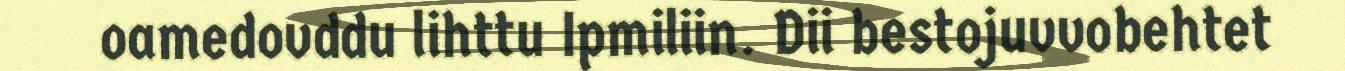
oamedovddu lihttu Ipmiliin. Dii bestojuvvobehtet